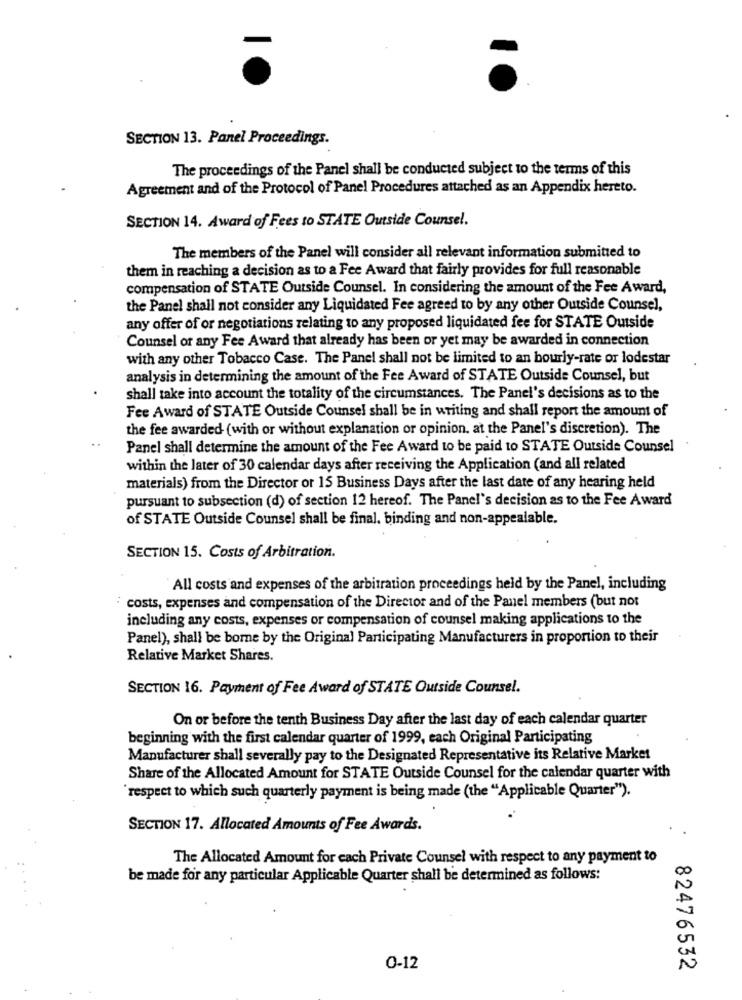
SECTION 13. Panel Proceedings.
The proceedings of the Panel shall be conducted subject to the terms of this
Agreement and of the Protocol of Panel Procedures attached as an Appendix hereto.
SECTION 14. Award of Fees to STATE Outside Counsel.
The members of the Panel will consider all relevant information submitted to
them in reaching a decision as to a Fee Award that fairly provides for full reasonable
compensation of STATE Outside Counsel. In considering the amount of the Fee Award,
the Panel shall not consider any Liquidated Fee agreed to by any other Outside Counsel,
any offer of or negotiations relating to any proposed liquidated fee for STATE Outside
Counsel or any Fee Award that already has been or yet may be awarded in connection
with any other Tobacco Case. The Panel shall not be limited to an hourly-rate or lodestar
analysis in determining the amount of the Fee Award of STATE Outside Counsel, but
shall take into account the totality of the circumstances. The Panel's decisions as to the
Fee Award of STATE Outside Counsel shall be in writing and shall report the amount of
the fee awarded (with or without explanation or opinion. at the Panel's discretion). The
Panel shall determine the amount of the Fee Award to be paid to STATE Outside Counsel
within the later of 30 calendar days after receiving the Application (and all related
materials) from the Director or 15 Business Days after the last date of any hearing held
pursuant to subsection (d) of section 12 hereof. The Panel's decision as to the Fee Award
of STATE Outside Counsel shall be final. binding and non-appealable.
SECTION 15. Costs of Arbitration.
All costs and expenses of the arbitration proceedings held by the Panel, including
costs, expenses and compensation of the Director and of the Panel members (but not
including any costs, expenses or compensation of counsel making applications to the
Panel), shall be borne by the Original Participating Manufacturers in proportion to their
Relative Market Shares.
SECTION 16. Payment of Fee Award of STATE Outside Counsel.
On or before the tenth Business Day after the last day of each calendar quarter
beginning with the first calendar quarter of 1999, each Original Participating
Manufacturer shall severally pay to the Designated Representative its Relative Market
Share of the Allocated Amount for STATE Outside Counsel for the calendar quarter with
respect to which such quarterly payment is being made (the "Applicable Quarter").
SECTION 17. Allocated Amounts of Fee Awards.
The Allocated Amount for each Private Counsel with respect to any payment to
be made for any particular Applicable Quarter shall be determined as follows:
0-12
82476532